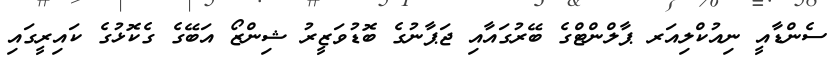
ސެންޑާއީ ނިއުކްލިއަރ ޕާލްންޓްގެ ބޭރުގައާއި ޖަޕާނުގެ ބޮޑުވަޒީރު ޝިންޒޯ އަބޭގެ ގެކޮޅުގެ ކައިރީގައި